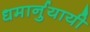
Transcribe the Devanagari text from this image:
धमार्नुयायी